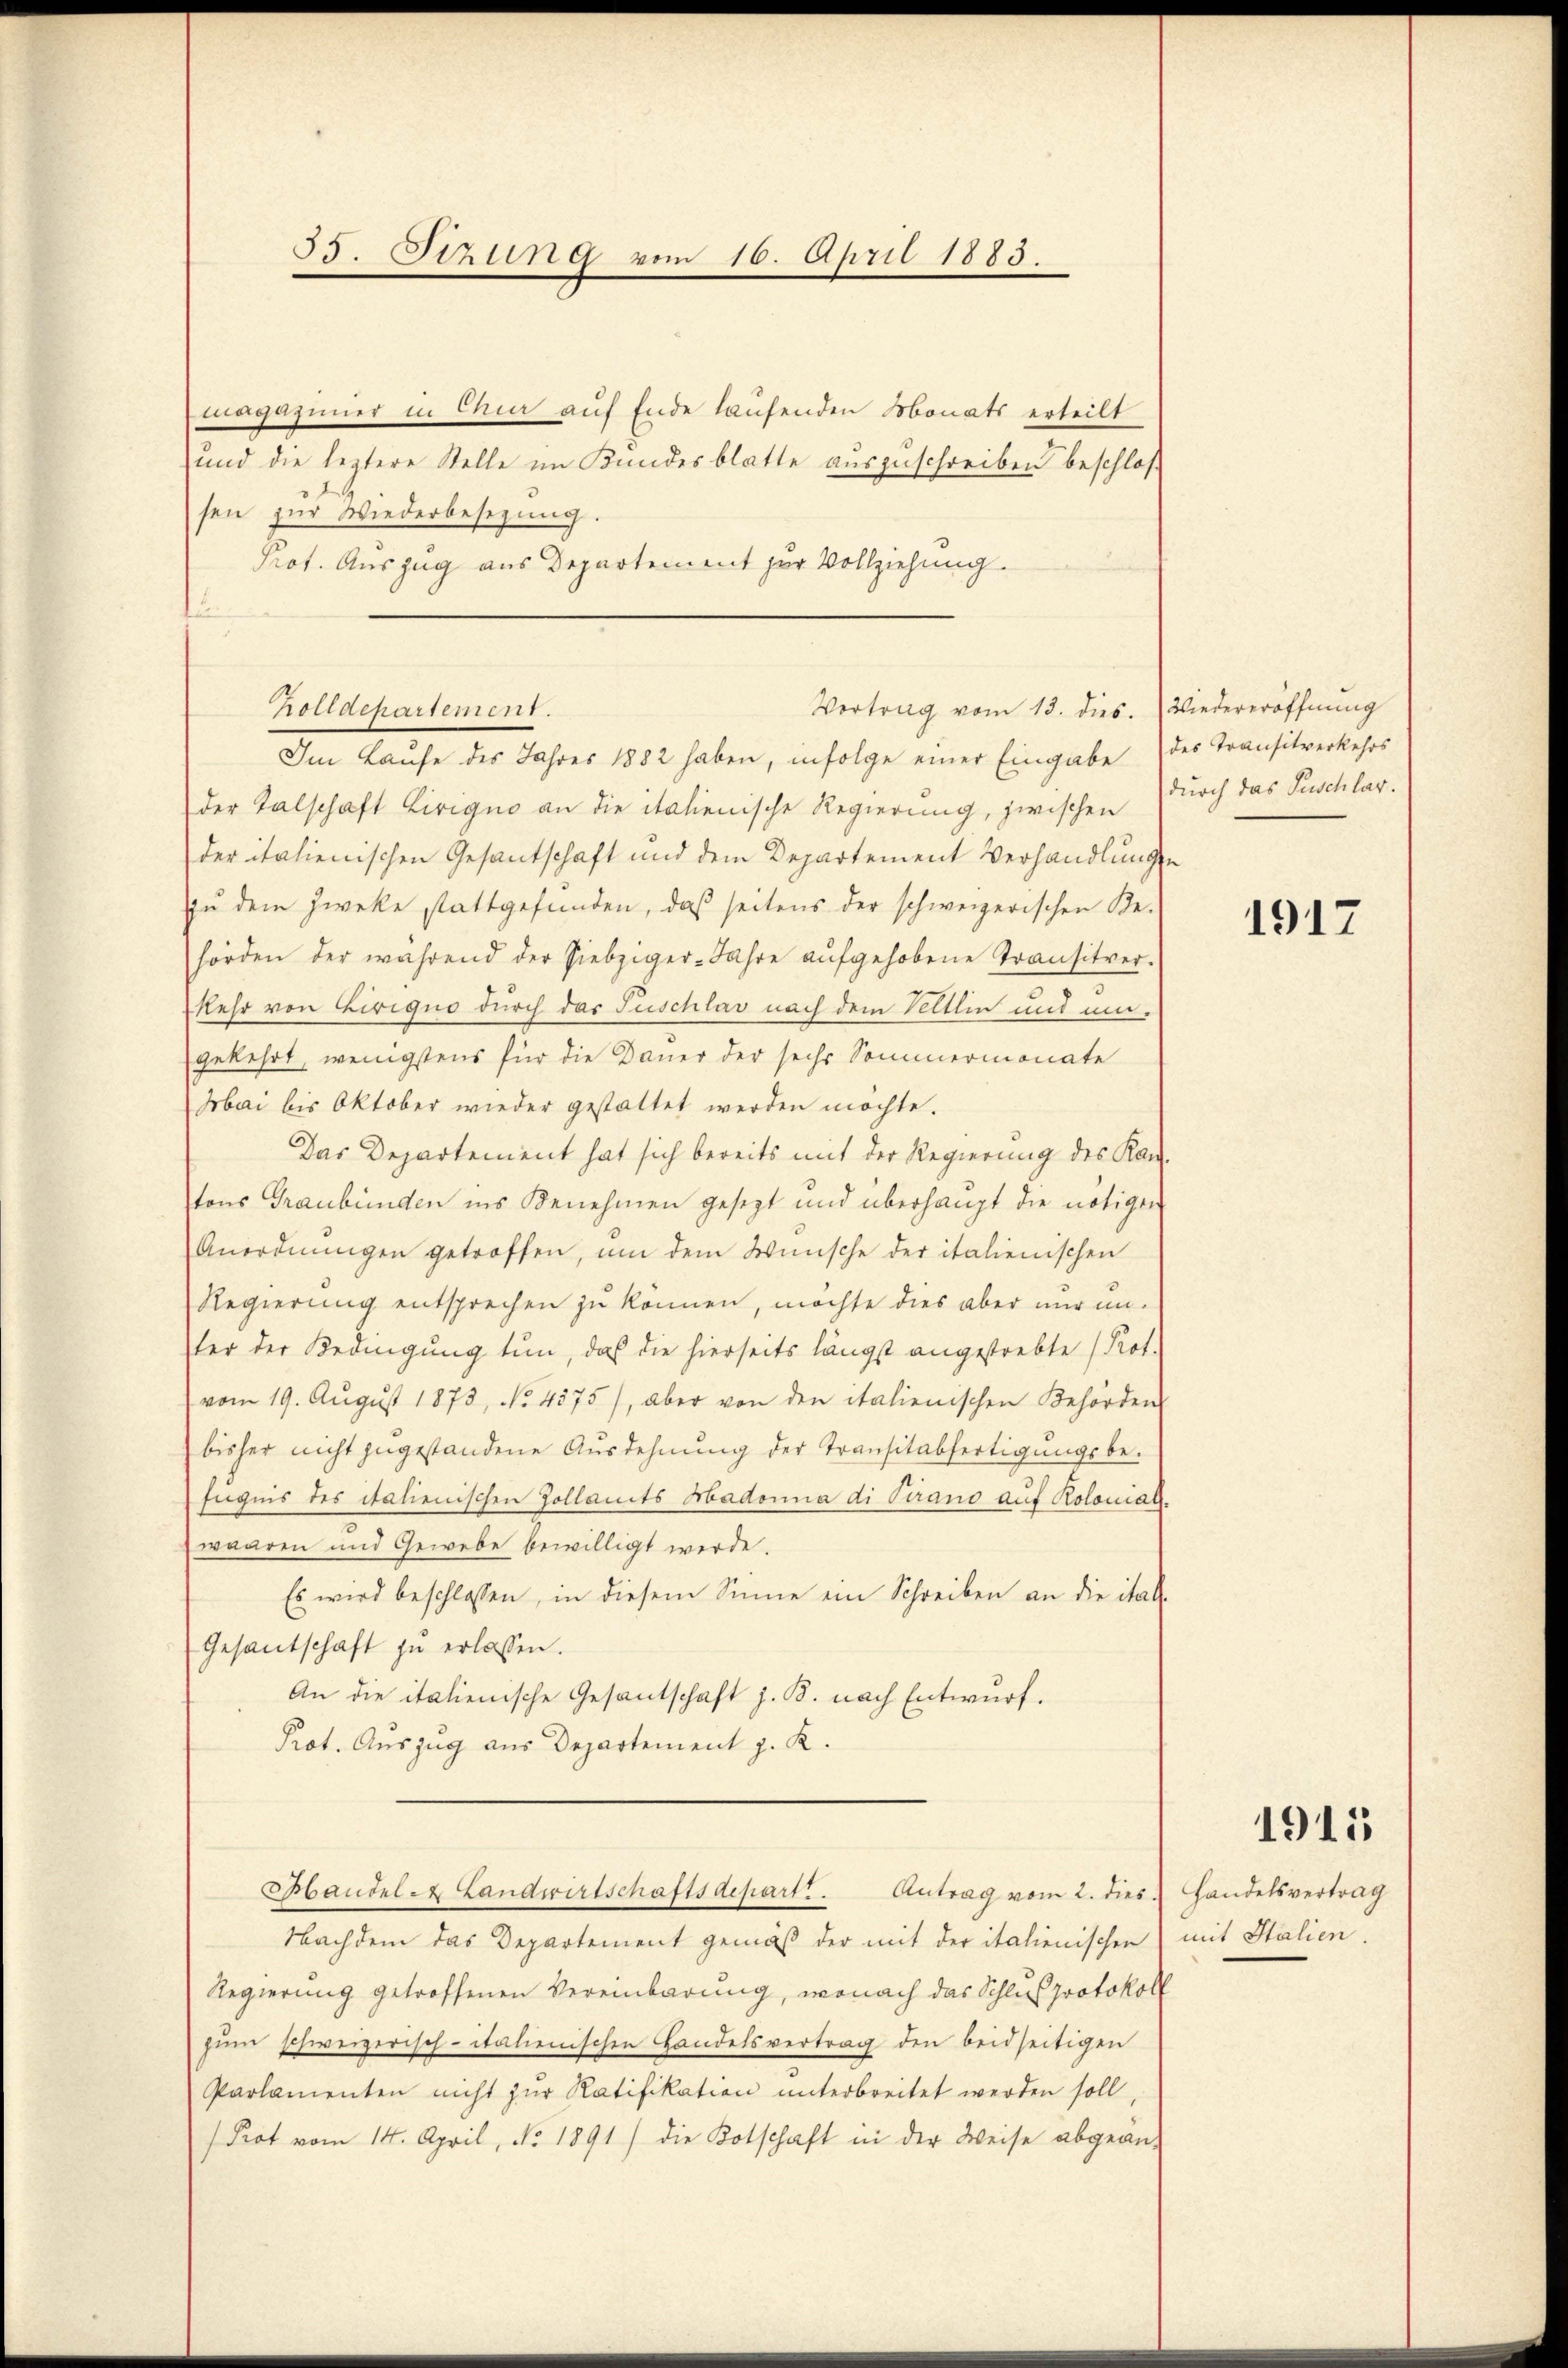
35. Stzung vom 16. April 1883.

magazimer in Chur auf Ende laufenden Monats erteilt
und die leztere Stelle im Kundesblatte auszuschreiben beschlos
sen zur Wiederbesezung.
Prot. Auszug aus Departement zur Vollziehung.

Vertrag vom 13. dies. Wiedereröffnung
Zolldepartement.

Im Laufe des Jahres 1882 haben, infolge einer Eingabe des Transitverkehrs
der Talschaft Lirigno an die italienische Regierung, zwischen
der italienischen Gesantschaft und dem Departement Verhandlungen
zu dem Zwecke stattgefunden, daß seitens der schweizerischen Be-
hörden der während der Siebziger-Jahre aŭfgehobene Transitver-
kehr von Liriquo durch das Tuschlav nach dem Veltlin und umgekehrt, wenigstens für die Dauer der sechs Sommermonate
Mai bis Oktober wieder gestattet werden möchte.
Das Departement hat sich bereits mit der Regierung des Kantons Graubünden ins Benehmen gesezt und überhaupt die nötigen
Anordnŭngen getroffen, um dem Wünsche der italienischen
Regierung entsprechen zu können, möchte dies aber nur un-
ter der Bedingung tun, daß die hierseits längst angestrebte (Kot.
vom 19. Aŭgŭst 1873, No. 4575), aber von den italienischen Behörden
bisher nicht zugestandene Ausdehnung der Transitabfertigungsbe-
fugnis des italienischen Zollamts Madonna di Pirano auf Kolonialwaaren und Gewebe bewilligt werde.
Es wird beschlossen, in diesem Sinne ein Schreiben an die ital.
Gesantschaft zŭ erlassen.
An die italienische Gesantschaft z. B. nach Entwurf.
Prot. Auszug aus Departement z. K.
Handel & Landwirtschaftsdepart. Antrag vom 2. dies Handelsvertrag
Nachdem das Departement gemäß der mit der italienischen mit Italien.
Regierung getroffenen Vereinbarung, wonach das Schluß protokoll
zum schweizerisch-italienischen Landelsvertrag den beidseitigen
Parlamenten nicht zŭr Ratifikation unterbreitet werden soll,
Prot vom 14. April, No. 1891) die Kotschaft in der Weise abgeän-

durch das Puschlar.

1917

1915